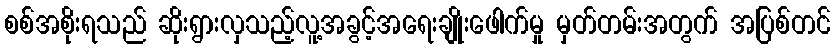
စစ်အစိုးရသည် ဆိုးရွားလှသည့်လူ့အခွင့်အရေးချိုးဖေါက်မှု မှတ်တမ်းအတွက် အပြစ်တင်